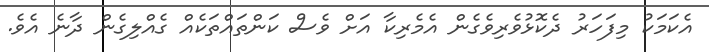
އެކަމަކު މިފަހަރު ދެކޮޅުވެރިވެގެން އެމެރިކާ އަށް ވެސް ކަންތައްތަކެއް ގެއްލިގެން ދާނެ އެވެ.